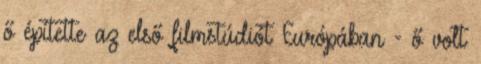
ő építette az első filmstúdiót Európában - ő volt